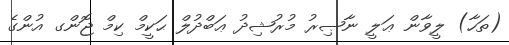
(ތަހާ) ލީވާން ޢަލީ ނާޞިރު މުރުޝިދު ޢަބްދުލް ޙަކީމް ކިމް ޖޮންގ އުންގެ